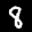
Label: 8